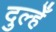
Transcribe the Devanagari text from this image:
दुल्हेँ